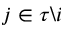
j \in \tau \backslash i